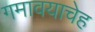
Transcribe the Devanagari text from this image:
गमावयाचेह